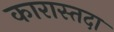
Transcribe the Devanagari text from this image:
कारास्तदा